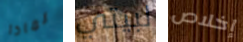
لماذا لبيتي إخلاص